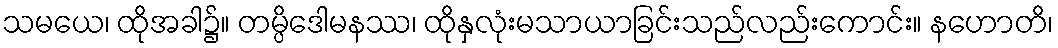
သမယေ၊ ထိုအခါ၌။ တမ္ပိဒေါမနဿ၊ ထိုနှလုံးမသာယာခြင်းသည်လည်းကောင်း။ နဟောတိ၊